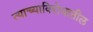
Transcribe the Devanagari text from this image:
त्याच्याविरोधातील